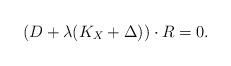
LaTeX: \begin{align*}(D+\lambda(K_X+\Delta))\cdot R=0.\end{align*}